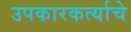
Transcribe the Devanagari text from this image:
उपकारकर्त्याचे